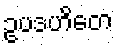
ဥပဒဟိတေ